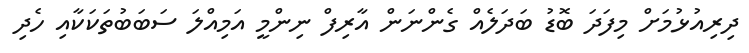
ދިރިއުޅުމަށް މިފަދަ ބޮޑު ބަދަލެއް ގެންނަން އާރިފް ނިންމީ އަމިއްލަ ސަބަބުތަކަކާއި ހެދި